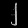
Digit: ၂